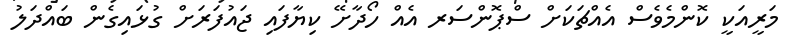
މަރީއަކީ ކޮންމެވެސް އެއްޗަކަށް ސްޕޮންސަރ އެއް ހޯދާށޭ ކިޔާފައި ޖައުފަރަށް ގުޅައިގެން ބައްދަލު